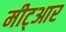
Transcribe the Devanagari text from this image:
मीट्आर